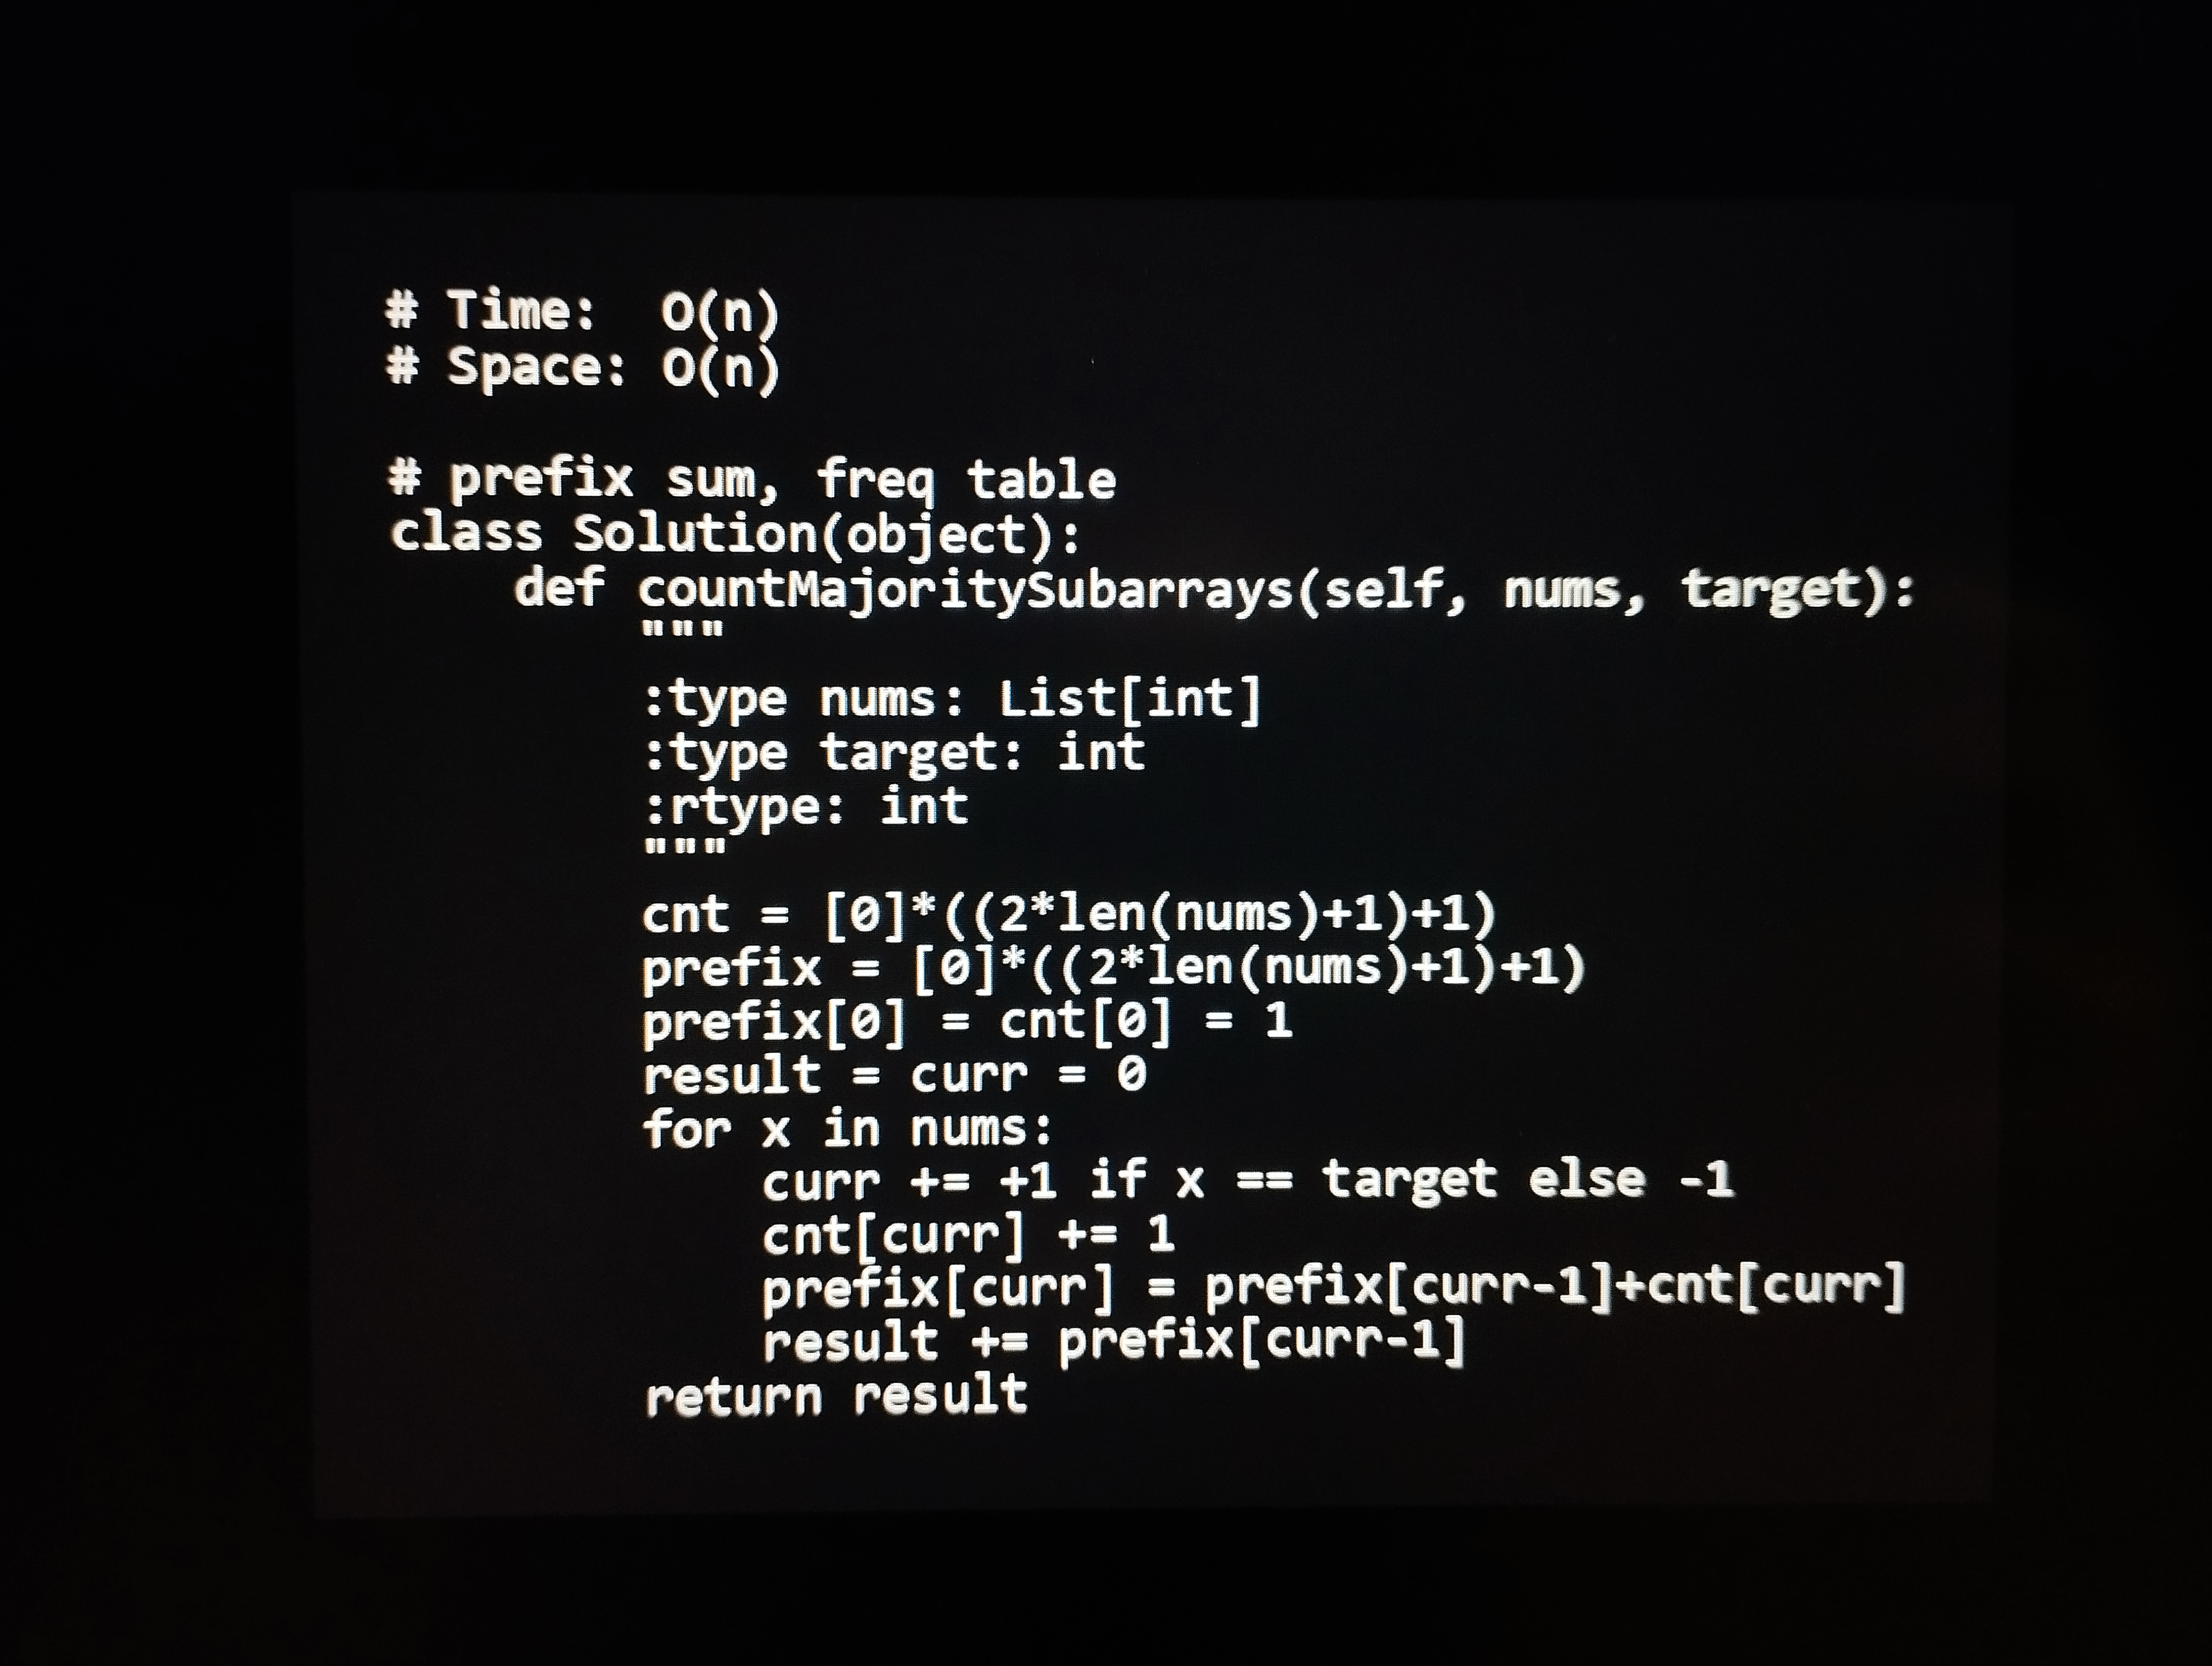
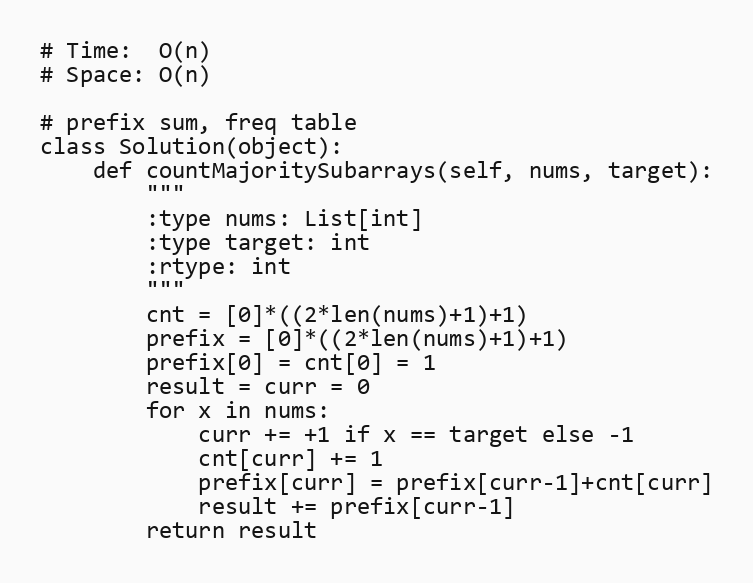
# Time:  O(n)
# Space: O(n)

# prefix sum, freq table
class Solution(object):
    def countMajoritySubarrays(self, nums, target):
        """
        :type nums: List[int]
        :type target: int
        :rtype: int
        """
        cnt = [0]*((2*len(nums)+1)+1)
        prefix = [0]*((2*len(nums)+1)+1)
        prefix[0] = cnt[0] = 1
        result = curr = 0
        for x in nums:
            curr += +1 if x == target else -1
            cnt[curr] += 1
            prefix[curr] = prefix[curr-1]+cnt[curr]
            result += prefix[curr-1]
        return result